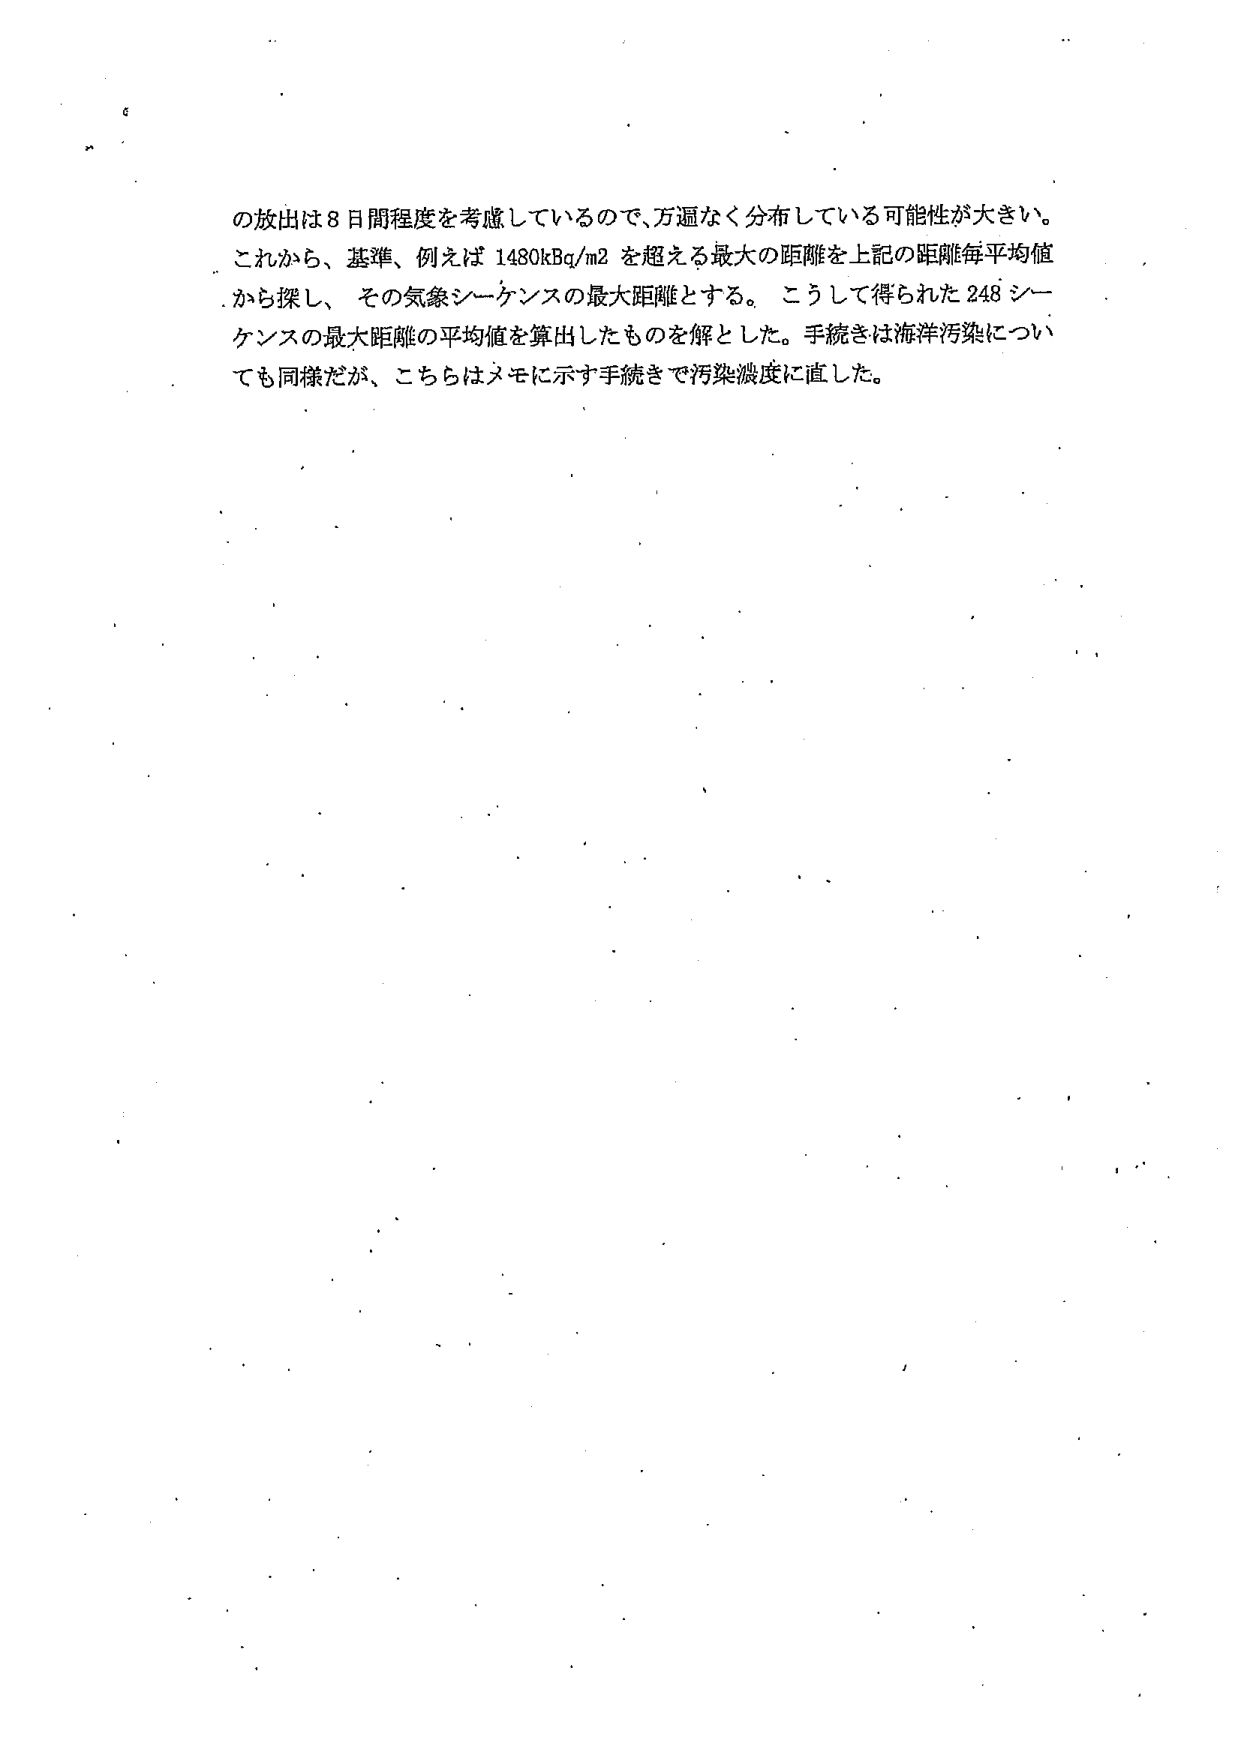
の放出は8日間程度を考慮しているので、万遍なく分布している可能性が大きい。
これから、基準、例えば1480kBq/m2を超える最大の距離を上記の距離毎平均値
から探し、その気象シーケンスの最大距離とする。こうして得られた248シーケンスの最大距離の平均値を算出したものを解とした。手続きは海洋汚染についても同様だが、こちらはメモに示す手続きで汚染濃度に直した。